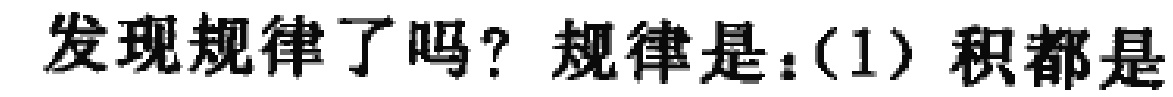
发现规律了吗？规律是：（1）积都是